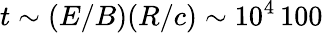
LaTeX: t\sim(E/B)(R/c)\sim 10^{4}\, 100